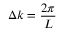
\Delta k = \frac { 2 \pi } { L }